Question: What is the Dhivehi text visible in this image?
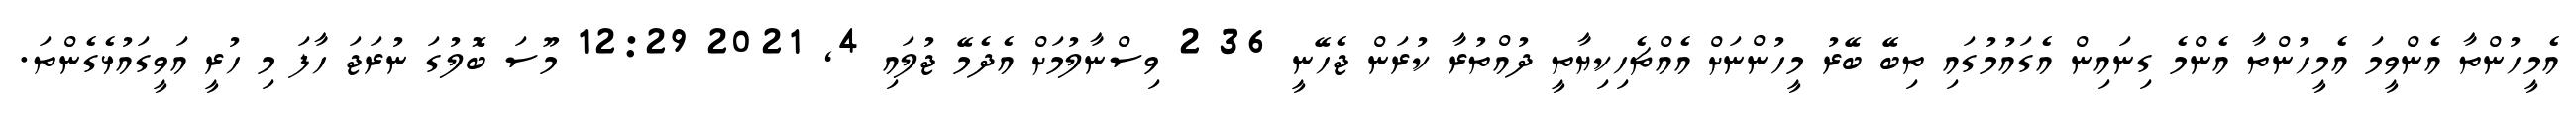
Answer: އެމީހުންތާ އެންވީމަ އެމީހުންތާ އެންމެ ގިނައިން އެގައުމުގައި ތިބޭ ބޭރު މީހުންނަށް އެއްޗެހިކިޔާތީ ދުއްތުރާ ކުރަން ޖެހޭނީ 36 2 ވިސްނާލުމަށް އެދެމޭ ޖުލައި 4, 2021 12:29 މޫސަ ބޮލުގަ ނުރަޖަ ހާފަ މި ހުރީ އަވީގައުޅެގެންތަ.